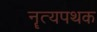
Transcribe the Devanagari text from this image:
नॄत्यपथक